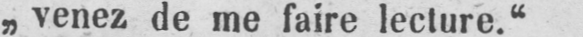
„venez de me faire lecture.“